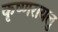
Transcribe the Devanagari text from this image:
कृष्णरायलु